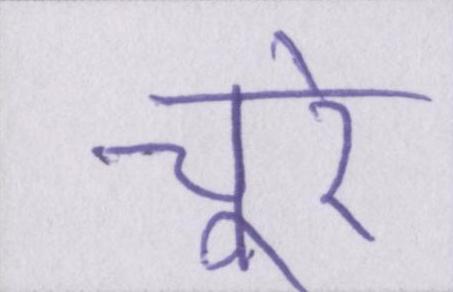
चूरे